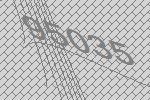
95035